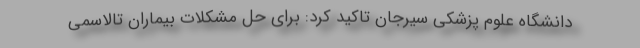
دانشگاه علوم پزشکی سیرجان تاکید کرد: برای حل مشکلات بیماران تالاسمی